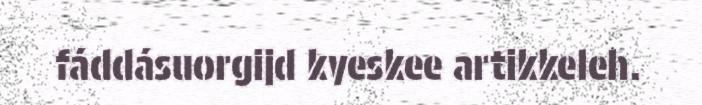
fáddásuorgijd kyeskee artikkeleh.